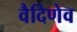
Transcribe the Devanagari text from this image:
वैदिणेव